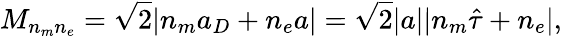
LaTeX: M_{n_{m}n_{e}}=\sqrt 2|n_{m}a_{D}+n_{e}a|=\sqrt 2|a||n_{m}\hat{\tau}+n_{e}|,